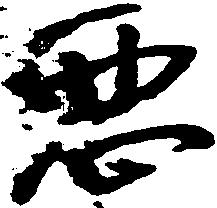
悪